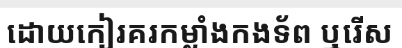
ដោយកៀរគរកម្លាំងកងទ័ព ឬរើស